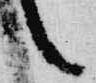
言